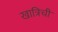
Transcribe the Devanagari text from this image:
खात्रिची